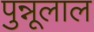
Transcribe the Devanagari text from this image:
पुन्नूलाल